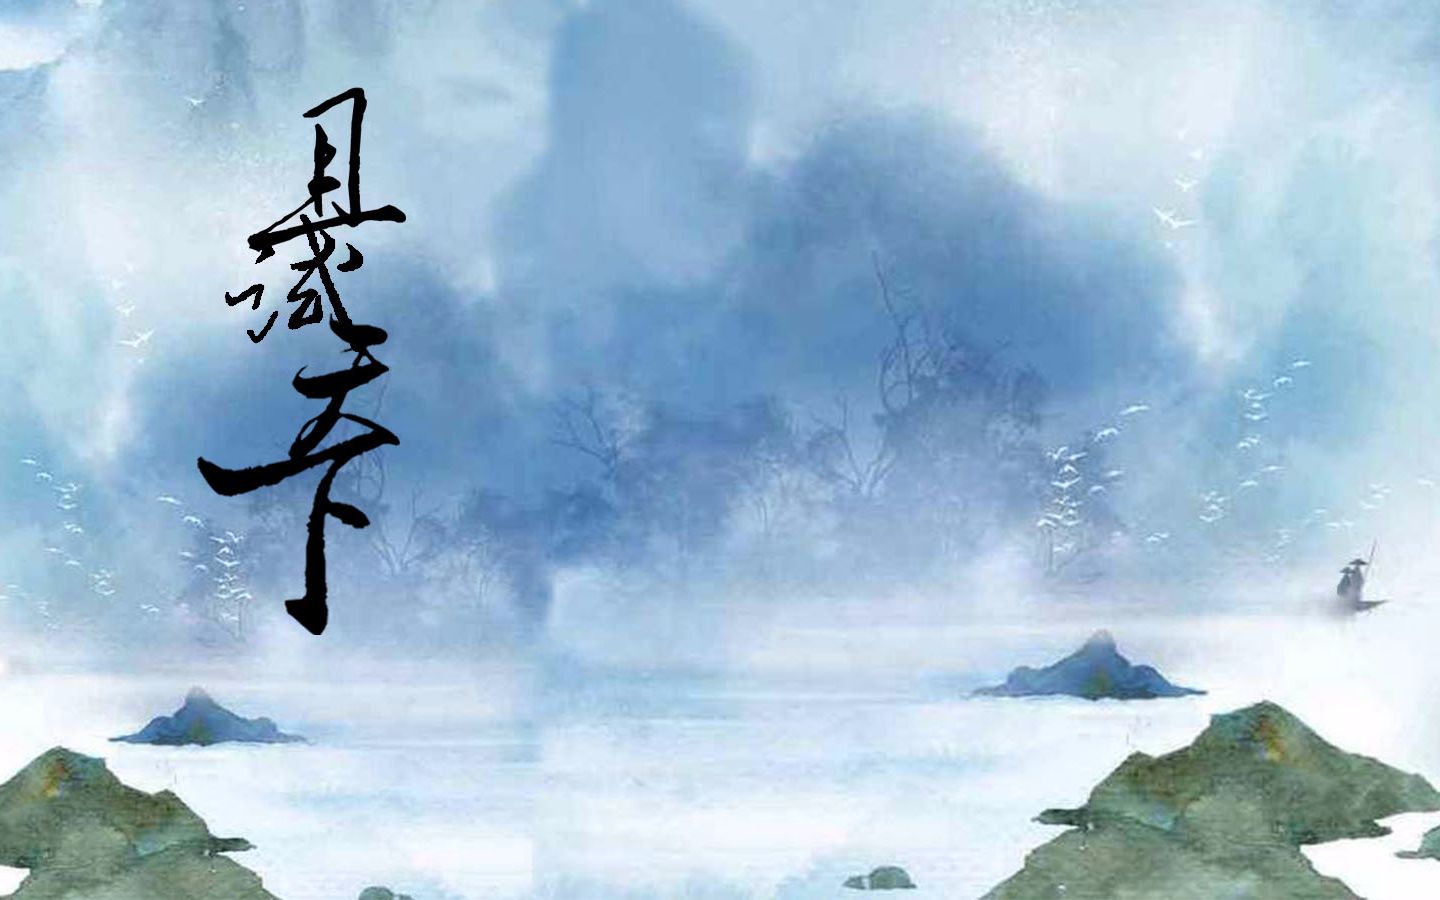
以国为国，以天下为天下。